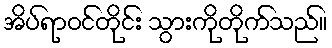
အိပ်ရာဝင်တိုင်း သွားကိုတိုက်သည်။